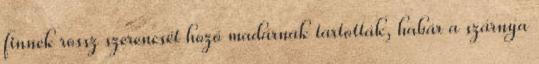
finnek rossz szerencsét hozó madárnak tartották, habár a szárnya